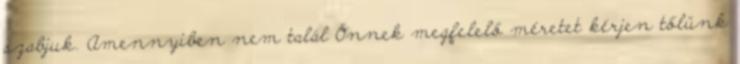
szabjuk. Amennyiben nem talál Önnek megfelelő méretet kérjen tőlünk